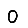
Digit: 0